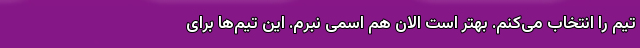
تیم را انتخاب می‌کنم. بهتر است الان هم اسمی نبرم. این تیم‌ها برای